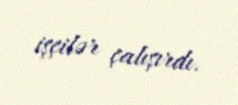
işçilər çalışırdı.